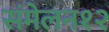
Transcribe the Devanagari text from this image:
संमेलन१२